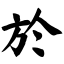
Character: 於